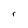
Character: r